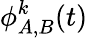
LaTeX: \phi_{A,B}^{k}(t)